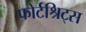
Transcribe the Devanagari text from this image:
फोर्टश्रिट्स